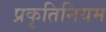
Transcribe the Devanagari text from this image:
प्रकृतिनियम